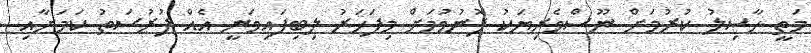
މަތީ ހާސިލު ކުރުމަށް ނޫސްވެރިޔަކު ފޮނުވުމަށް މިފަހަރު ލިބިފައިވަނީ އެއް ފުރުސަތު ކަމަށާއި